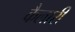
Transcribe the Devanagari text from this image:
कैलारी